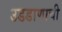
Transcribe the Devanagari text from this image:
उडडाणाची